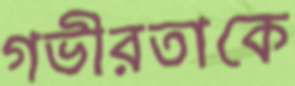
গভীরতাকে